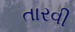
તારવી